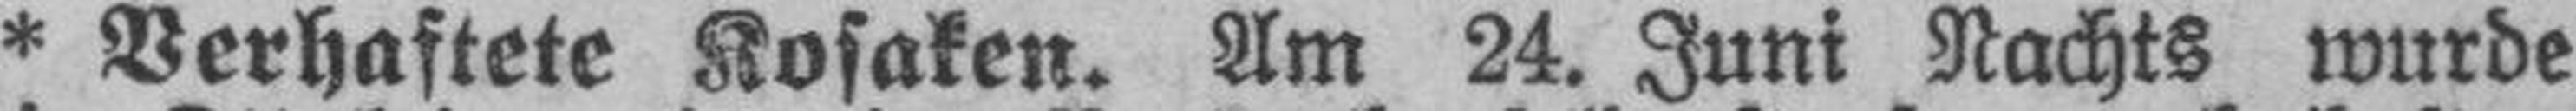
* Verhaftete Kosaken. Am 24. Juni Nachts wurde